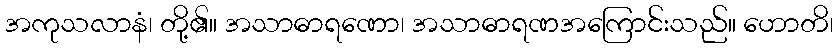
အကုသလာနံ၊ တို့၏။ အသာဓာရဏော၊ အသာဓာရဏအကြောင်းသည်။ ဟောတိ၊